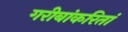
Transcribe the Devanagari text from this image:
गरीबांकरितां